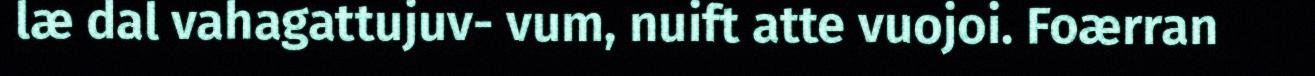
læ dal vahagattujuv- vum, nuift atte vuojoi. Foærran